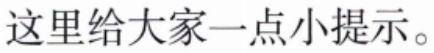
这里给大家一点小提示。